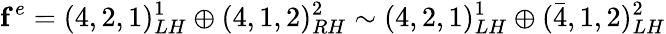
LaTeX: {\mathbf f}^{e}=(4,2,1)_{LH}^{1}\oplus(4,1,2)_{RH}^{2}\sim(4,2,1)_{LH}^{1}\oplus(\bar{4},1,2)_{LH}^{2}